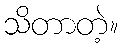
သိတာတဲ့။